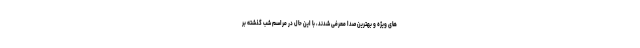
های ویژه و بهترین صدا معرفی شدند، با این حال در مراسم شب گذشته بر